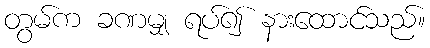
တွမ်က ခဏမျှ ရပ်၍ နားထောင်သည်။